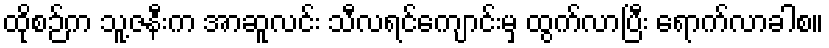
ထိုစဉ်က သူ့ဇနီးက အာဆူလင်း သီလရင်ကျောင်းမှ ထွက်လာပြီး ရောက်လာခါစ။